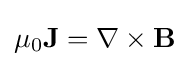
\mu _{0}\mathbf {J} =\nabla \times \mathbf {B}